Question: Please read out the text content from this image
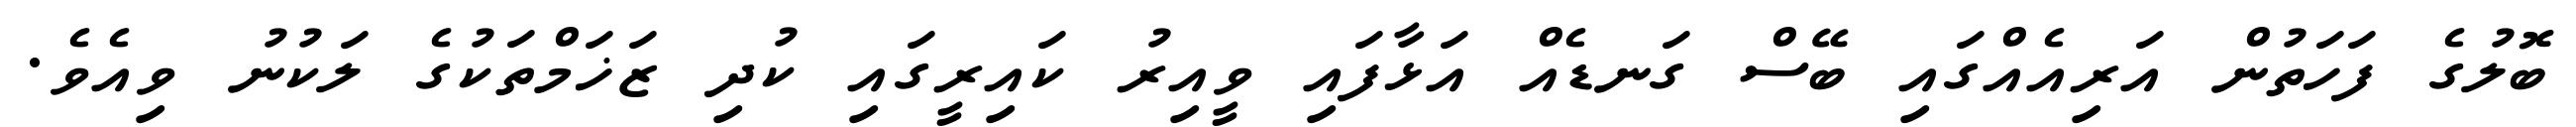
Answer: ބޮލުގެ ފަހަތުން އަރިއެއްގައި ބޭސް ގަނޑެއް އަޅާފައި ވީއިރު ކައިރީގައި ކުދި ޒަޚަމްތަކުގެ ލަކުނު ވިއެވެ.